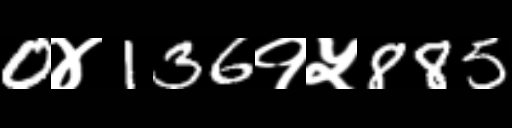
Text: 0४136१५885